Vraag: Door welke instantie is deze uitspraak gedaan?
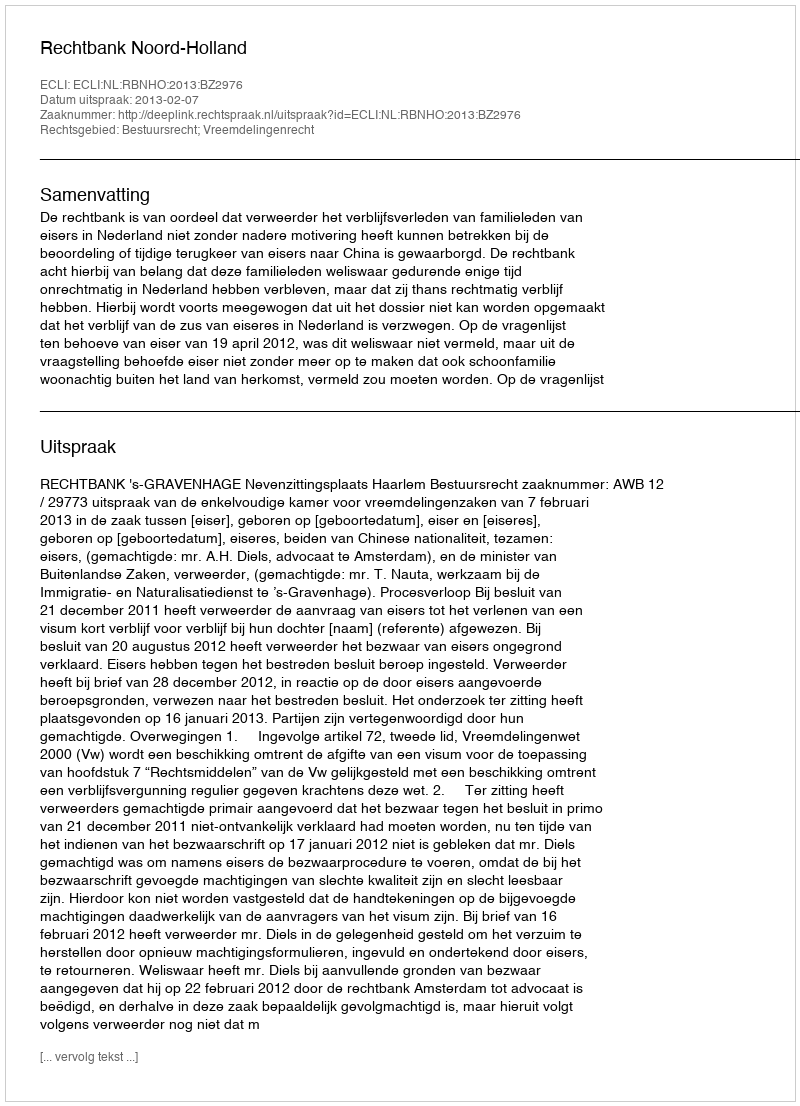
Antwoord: Rechtbank Noord-Holland